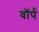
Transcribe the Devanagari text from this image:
वॉर्प